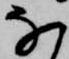
な